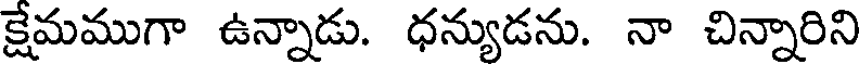
క్షేమముగా ఉన్నాడు. ధన్యుడను. నా చిన్నారిని